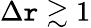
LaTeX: \Delta\mathtt{r}\gtrsim1